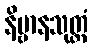
နိဗ္ဗာနသုတ္တံ